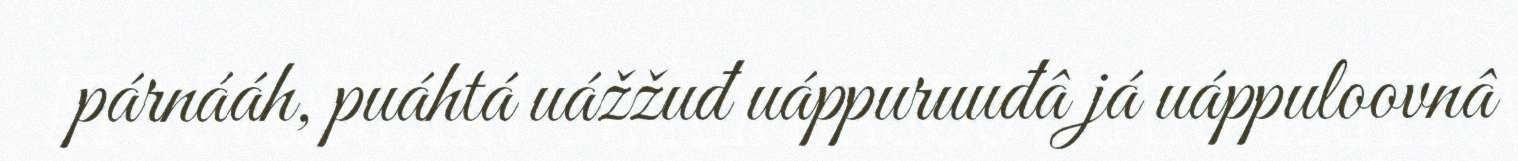
párnááh, puáhtá uážžuđ uáppuruuđâ já uáppuloovnâ